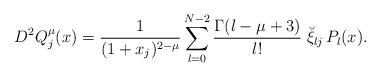
LaTeX: \begin{align*}D^2Q^\mu_{j}(x)= \frac{1}{(1+x_j)^{2-\mu}} \sum^{N-2}_{l=0}\frac{\Gamma(l-\mu+3)}{l!}\; \breve \xi_{lj}\, P_{l}(x).\end{align*}